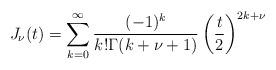
LaTeX: \begin{align*}J_\nu(t) = \sum_{k=0}^\infty \frac{(-1)^k}{k!\Gamma(k+\nu+1)}\left(\frac{t}{2}\right)^{2k+\nu}\end{align*}